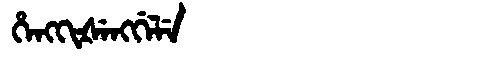
Manchu: ᡥᡝᠩᡴᡳᡧᡝᠩᡤᡝᠯᡝ
Romanization: HENGKIŠENGGELE